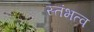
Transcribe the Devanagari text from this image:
स्तंभत्व